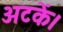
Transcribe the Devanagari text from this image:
अटकें।